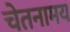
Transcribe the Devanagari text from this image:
चेतनामय